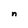
Character: n